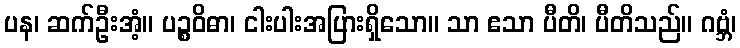
ပန၊ ဆက်ဦးအံ့။ ပဉ္စဝိဓာ၊ ငါးပါးအပြားရှိသော။ သာ ဧသာ ပီတိ၊ ပီတိသည်။ ဂဗ္ဘံ၊